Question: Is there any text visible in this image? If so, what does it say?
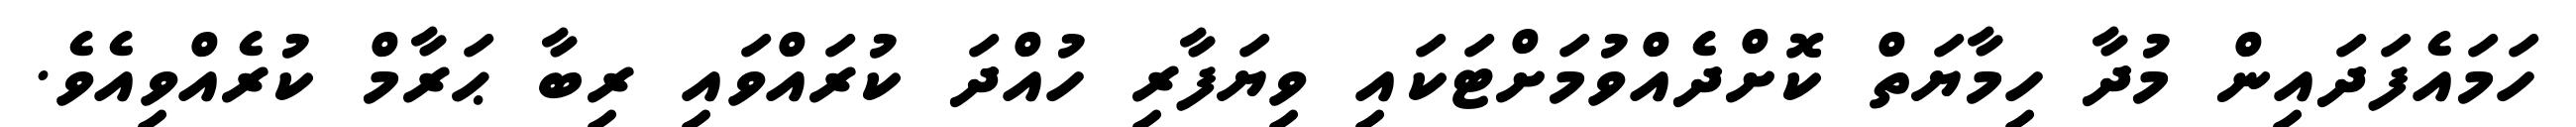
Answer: ހަމައެފަދައިން މުދާ ހިމާޔަތް ކޮށްދެއްވުމަށްޓަކައި ވިޔަފާރި ހުއްދަ ކުރައްވައި ރިބާ ޙަރާމް ކުރެއްވިއެވެ.